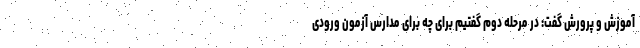
آموزش و پرورش گفت: در مرحله دوم گفتیم برای چه برای مدارس آزمون ورودی